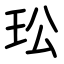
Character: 玜